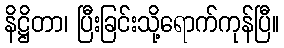
နိဋ္ဌိတာ၊ ပြီးခြင်းသို့ရောက်ကုန်ပြီ။